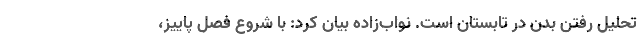
تحلیل رفتن بدن در تابستان است. نواب‌زاده بیان کرد: با شروع فصل پاییز،